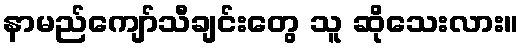
နာမည်ကျော်သီချင်းတွေ သူ ဆိုသေးလား။